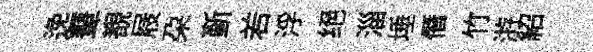
𨓜鼙覩屐朶斳𠰥浮绝淄埵僭竹㳺紹